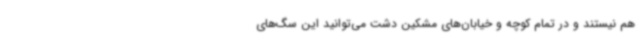
هم نیستند و در تمام کوچه‌ و خیابان‌های مشکین دشت می‌توانید این سگ‌های